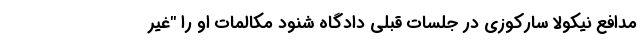
مدافع نیکولا سارکوزی در جلسات قبلی دادگاه شنود مکالمات او را "غیر